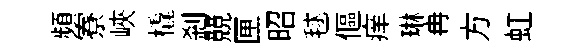
頻寮峽橇刹競匣昭毬傴痒琳冉方虹